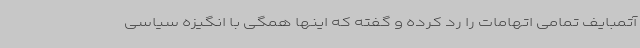
آتمبایف تمامی اتهامات را رد کرده و گفته که اینها همگی با انگیزه سیاسی